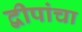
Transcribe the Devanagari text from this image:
द्वीपांचा